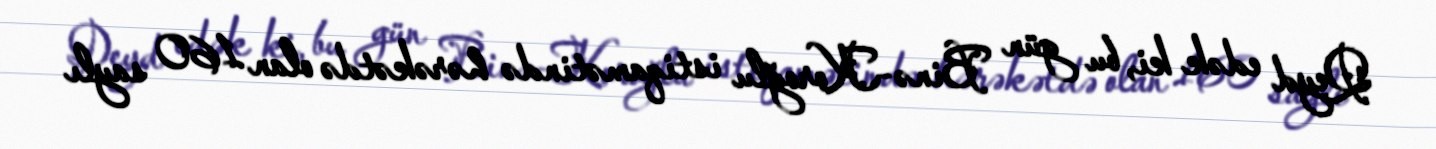
Qeyd edək ki, bu gün Binə-Koroğlu istiqamətində hərəkətdə olan 160 saylı